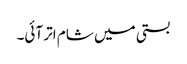
بستی میں شام اتر آئی۔